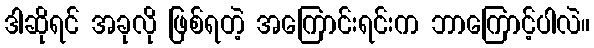
ဒါဆိုရင် အခုလို ဖြစ်ရတဲ့ အကြောင်းရင်းက ဘာကြောင့်ပါလဲ။